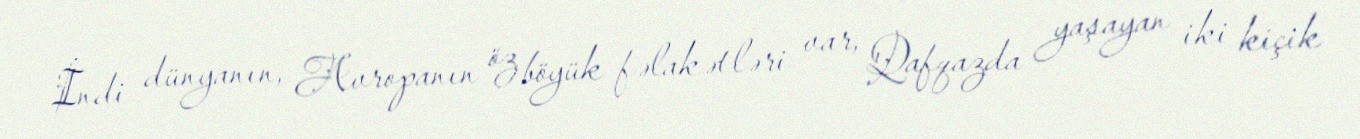
İndi dünyanın, Avropanın öz böyük fəlakətləri var, Qafqazda yaşayan iki kiçik